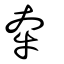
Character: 牽